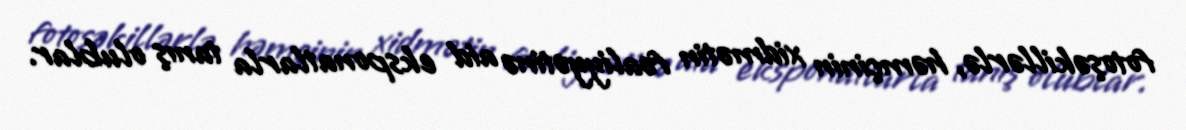
fotoşəkillərlə, həmçinin xidmətin fəaliyyətinə aid eksponatlarla tanış olublar.